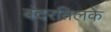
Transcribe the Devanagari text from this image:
बंदरतिलके